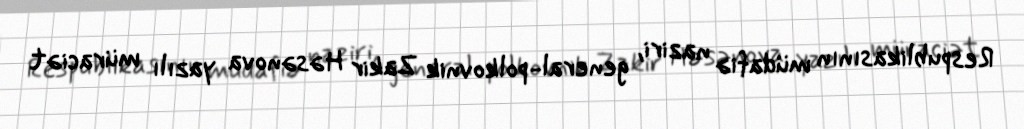
Respublikasının müdafiə naziri, general-polkovnik Zakir Həsənova yazılı müraciət